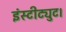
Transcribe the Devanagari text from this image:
इंस्टीट्युट।